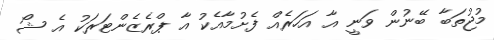
މުޖުތަބާ ބޭނުން ވަނީ އާ އަހަރެއް ފެށުމާއެކު އާ ޕްރެޒެންޓަރަކު އެ ޝޯ